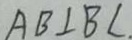
A B \bot B C